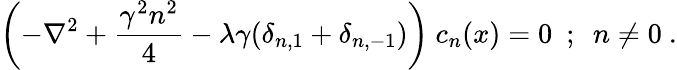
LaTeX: \left(-\nabla^{2}+\frac{\gamma^{2}n^{2}}{4}-\lambda\gamma(\delta_{n,1}+\delta_{n,-1})\right)~c_{n}(x)=0~~;~~n\neq 0\ .